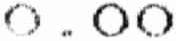
0.00